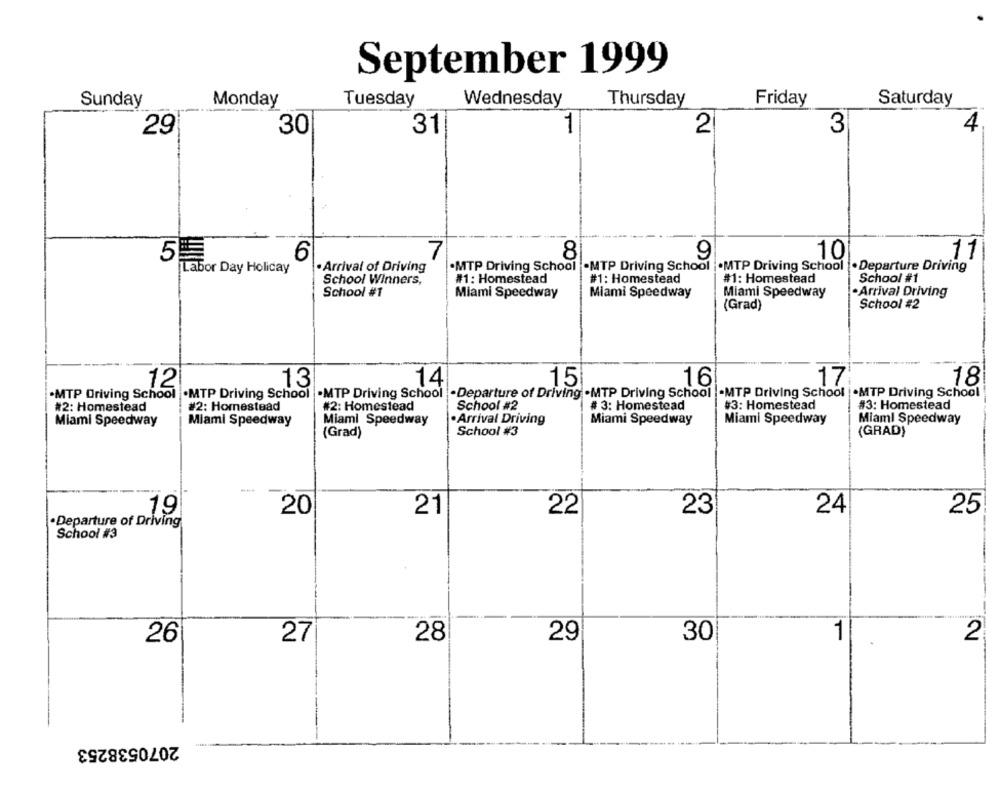
September 1999
Sunday
Monday
Tuesday
Wednesday
Thursday
Friday
Saturday
1
4
29
30
31
2
3
7
8
9
11
5顆
6
10
Labor Day Holiday
· Arrival of Driving
.MTP Driving School -MTP Driving School . MTP Driving School . Departure Driving
School Winners,
#1: Homestead
#1: Homestead
#1: Homestead
School #1
School #1
Miami Speedway
Miami Speedway
·Arrival Driving
Miami Speedway
(Grad)
School #2
15
16
18
12
13
14
17
.MTP Driving School
.MTP Driving School
.MTP Driving School -Departure of Driving .MTP Driving School
-MTP Driving School | .MTP Driving School
#2: Homestead
#2: Homestead
#2: Homestead
School #2
# 3: Homestead
#3: Homestead
#3: Homestead
· Arrival Driving
Miami Speedway
Miami Speedway
Miami Speedway
Miami Speedway
Miami Speedway
Miaml Speedway
(Grad)
School #3
(GRAD)
19
20
21
22
23
24
25
·Departure of Driving
School #3
1
26
27
28
29
30
2
2070538253